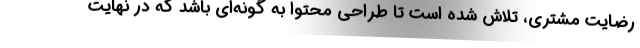
رضایت مشتری، تلاش شده است تا طراحی محتوا به گونه‌ای باشد که در نهایت